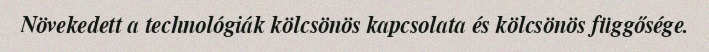
Növekedett a technológiák kölcsönös kapcsolata és kölcsönös függősége.